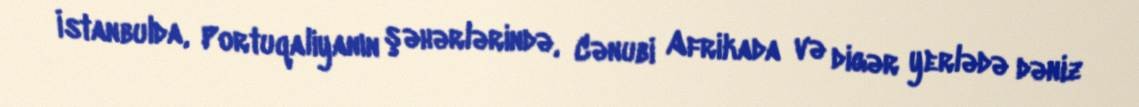
İstanbulda, Portuqaliyanın şəhərlərində, Cənubi Afrikada və digər yerlədə dəniz